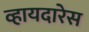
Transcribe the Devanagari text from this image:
व्हायदारेस